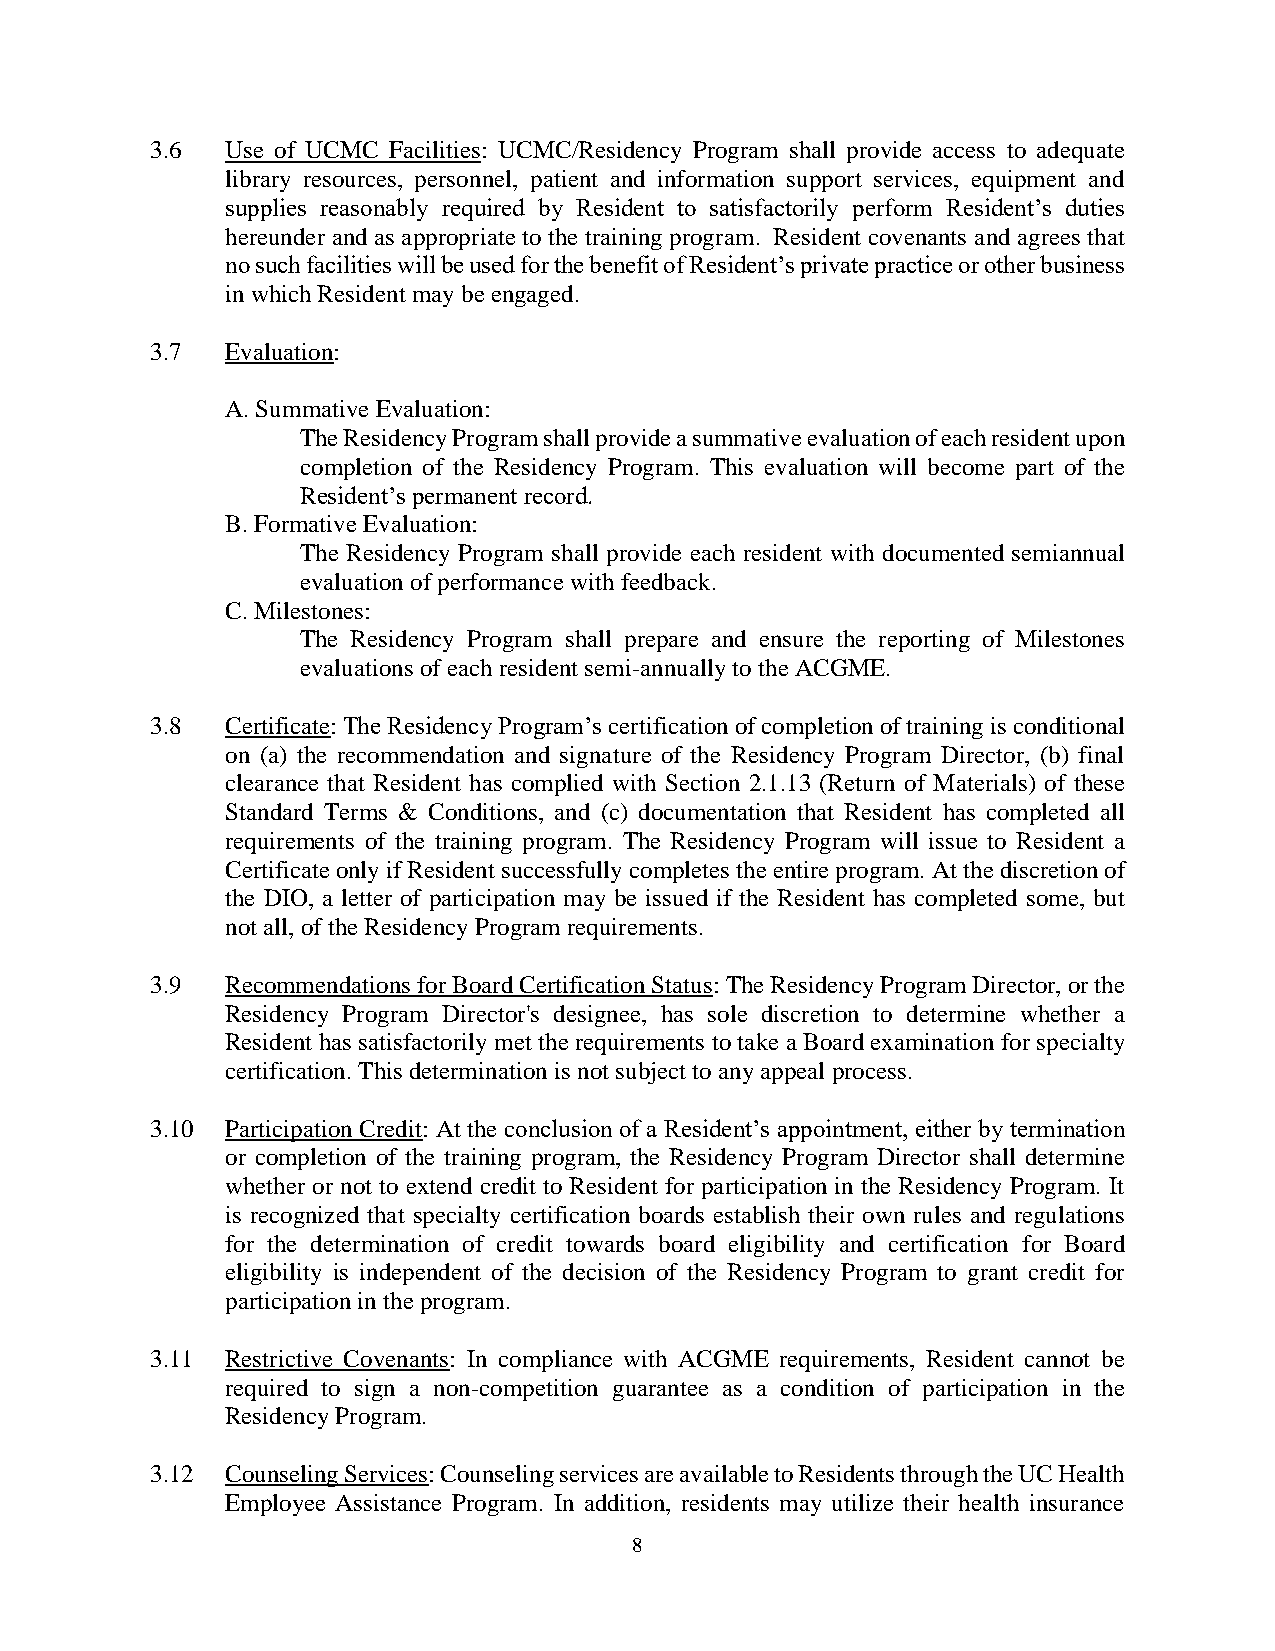
3.6  Use of UCMC Facilities: UCMC/Residency Program shall provide access to adequate
 library resources, personnel, patient and information support services, equipment and
 supplies reasonably required by Resident to satisfactorily perform Resident’s duties
 hereunder and as appropriate to the training program. Resident covenants and agrees that
 no such facilities will be used for the benefit of Resident’s private practice or other business
 in which Resident may be engaged.
 3.7  Evaluation:
 A. Summative Evaluation:
 The Residency Program shall provide a summative evaluation of each resident upon
 completion of the Residency Program. This evaluation will become part of the
 Resident’s permanent record.
 B. Formative Evaluation:
 The Residency Program shall provide each resident with documented semiannual
 evaluation of performance with feedback.
 C. Milestones:
 The Residency Program shall prepare and ensure the reporting of Milestones
 evaluations of each resident semi-annually to the ACGME.
 3.8  Certificate: The Residency Program’s certification of completion of training is conditional
 on (a) the recommendation and signature of the Residency Program Director, (b) final
 clearance that Resident has complied with Section 2.1.13 (Return of Materials) of these
 Standard Terms & Conditions, and (c) documentation that Resident has completed all
 requirements of the training program. The Residency Program will issue to Resident a
 Certificate only if Resident successfully completes the entire program. At the discretion of
 the DIO, a letter of participation may be issued if the Resident has completed some, but
 not all, of the Residency Program requirements.
 3.9  Recommendations for Board Certification Status: The Residency Program Director, or the
 Residency Program Director's designee, has sole discretion to determine whether a
 Resident has satisfactorily met the requirements to take a Board examination for specialty
 certification. This determination is not subject to any appeal process.
 3.10 Participation Credit: At the conclusion of a Resident’s appointment, either by termination
 or completion of the training program, the Residency Program Director shall determine
 whether or not to extend credit to Resident for participation in the Residency Program. It
 is recognized that specialty certification boards establish their own rules and regulations
 for the determination of credit towards board eligibility and certification for Board
 eligibility is independent of the decision of the Residency Program to grant credit for
 participation in the program.
 3.11 Restrictive Covenants: In compliance with ACGME requirements, Resident cannot be
 required to sign a non-competition guarantee as a condition of participation in the
 Residency Program.
 3.12 Counseling Services: Counseling services are available to Residents through the UC Health
 Employee Assistance Program. In addition, residents may utilize their health insurance
 8